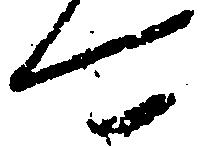
可